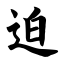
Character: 迫